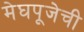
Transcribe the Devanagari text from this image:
मेघपूजेची